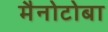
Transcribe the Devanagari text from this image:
मैनोटोबा